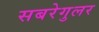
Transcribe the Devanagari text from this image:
सबरेगुलर